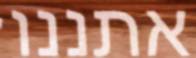
אתננו